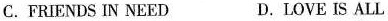
C.FRIENDS IN NEED D.LOVE IS ALL